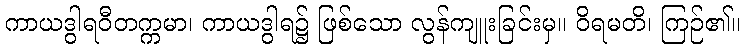
ကာယဒွါရဝီတက္ကမာ၊ ကာယဒွါရ၌ ဖြစ်သော လွန်ကျူးခြင်းမှ။ ဝိရမတိ၊ ကြဉ်၏။